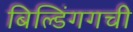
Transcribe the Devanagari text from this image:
बिल्डिंगगची